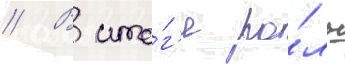
// В ито́г'е ро́ль